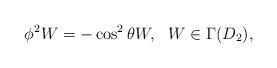
LaTeX: \begin{align*}\phi^{2}W=-\cos^2{\theta}W,\,\,\ W\in\Gamma(D_2),\end{align*}